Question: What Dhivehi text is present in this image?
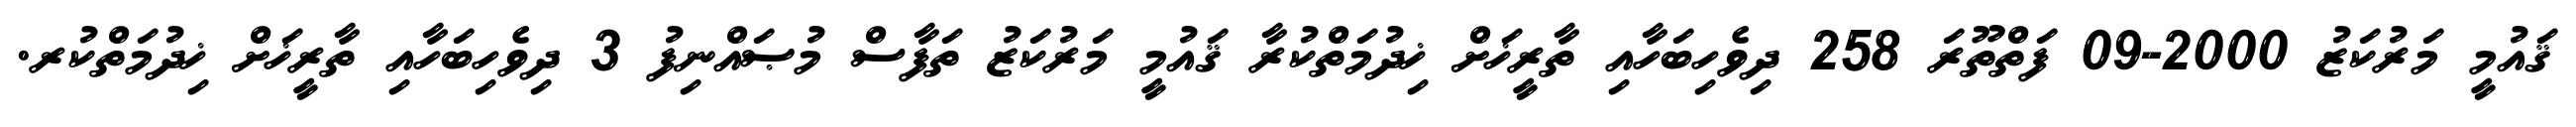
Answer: ޤައުމީ މަރުކަޒު 2000-09 ފަތްތޫރަ 258 ދިވެހިބަހާއި ތާރީޚަށް ޚިދުމަތްކުރާ ޤައުމީ މަރުކަޒު ތަފާސް މުޞައްނިފު 3 ދިވެހިބަހާއި ތާރީޚަށް ޚިދުމަތްކުރ.